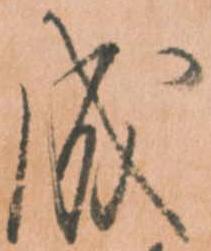
成